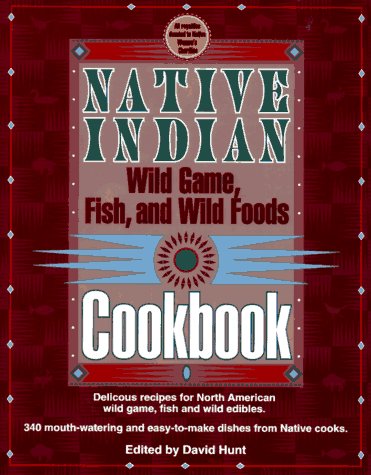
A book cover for Native Indian Wild Game, Fish, and Wild Foods Cookbook: New Revised and Expanded Edition (Cooking); Lovesick Lake Native Women's Assocation; Cookbooks, Food & Wine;